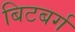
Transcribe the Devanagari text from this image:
बिटबर्ग